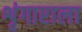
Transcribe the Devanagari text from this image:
शृंगाराला